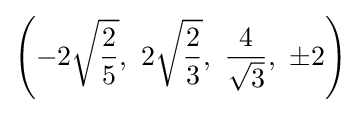
\left(-2{\sqrt {\frac {2}{5}}},\ 2{\sqrt {\frac {2}{3}}},\ {\frac {4}{\sqrt {3}}},\ \pm 2\right)